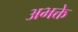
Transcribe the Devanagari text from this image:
अभक्ते